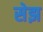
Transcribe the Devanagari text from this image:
सेझ